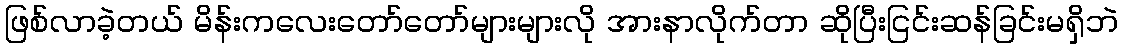
ဖြစ်လာခဲ့တယ် မိန်းကလေးတော်တော်များများလို အားနာလိုက်တာ ဆိုပြီးငြင်းဆန်ခြင်းမရှိဘဲ